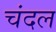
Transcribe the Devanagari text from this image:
चंदल